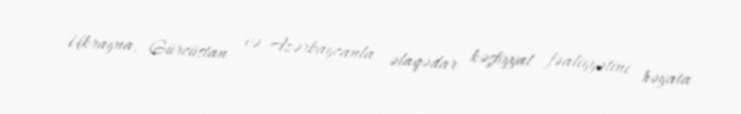
Ukrayna, Gürcüstan və Azərbaycanla əlaqədar kəşfiyyat fəaliyyətini həyata